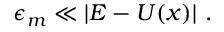
\epsilon _ { m } \ll \vert E - U ( x ) \vert \ .